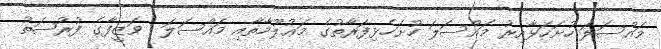
މައްސަލަ ހުށަހަޅާއިރު މައްސަލަ ހުށަހެޅިފަރާތުގެ މަޢުލޫމާތާއި މައްސަލަ  ވަޒީފާގެ ފުރުޞަތު